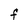
Character: F